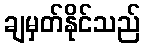
ချမှတ်နိုင်သည်